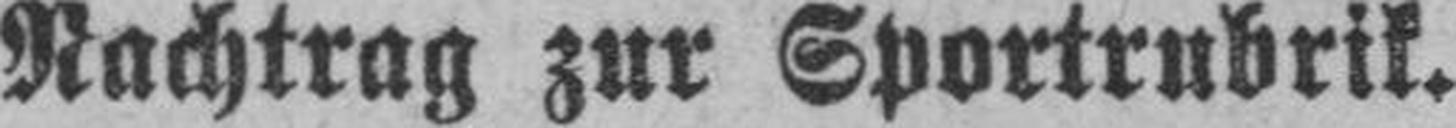
Nachtrag zur Sportrubrik.